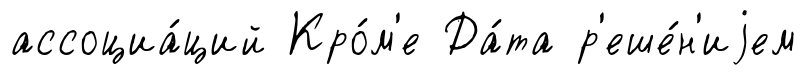
ассоциа́ций Кро́м'е Да́та р'еше́н'иjем